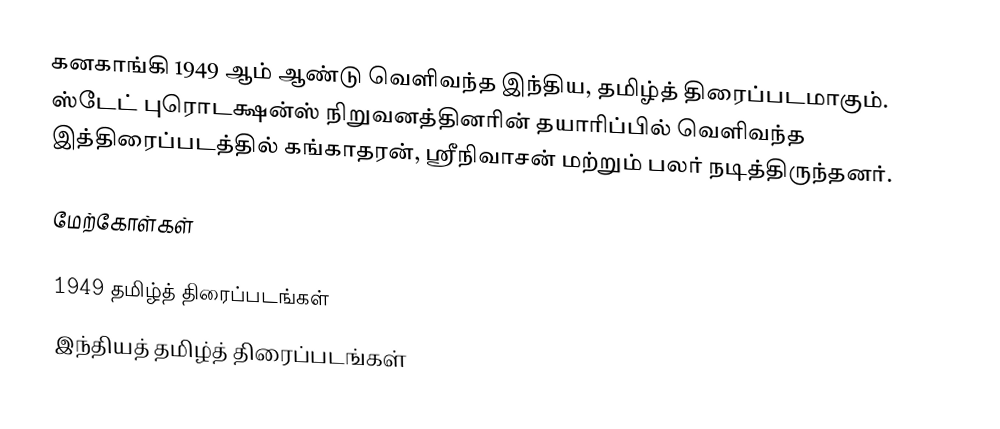
கனகாங்கி 1949 ஆம் ஆண்டு வெளிவந்த இந்திய, தமிழ்த் திரைப்படமாகும். ஸ்டேட் புரொடக்ஷன்ஸ் நிறுவனத்தினரின் தயாரிப்பில் வெளிவந்த இத்திரைப்படத்தில் கங்காதரன், ஸ்ரீநிவாசன் மற்றும் பலர் நடித்திருந்தனர்.

மேற்கோள்கள்

1949 தமிழ்த் திரைப்படங்கள்
இந்தியத் தமிழ்த் திரைப்படங்கள்